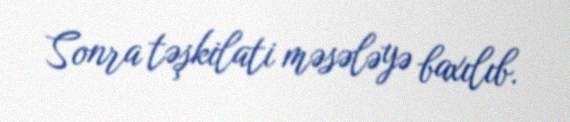
Sonra təşkilati məsələyə baxılıb.